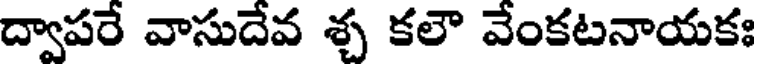
ద్వాపరే వాసుదేవ శ్చ కలౌ వేంకటనాయకః